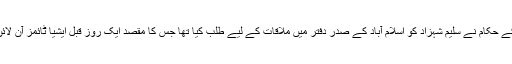
17 اکتوبر 2010ء کو ذرائع ابلاغ میں گردش کرنے والی رپورٹس کے مطابق سرکاری خفیہ ایجنسی کے حکام نے سلیم شہزاد کو اسلام آباد کے صدر دفتر میں ملاقات کے لیے طلب کیا تھا جس کا مقصد ایک روز قبل ایشیا ٹائمز آن لائن میں شائع ہونے والی رپورٹ “پاکستان نے طالبان کمانڈر کو رہا کردیا” سے متعلق بات چیت کرنا تھی۔